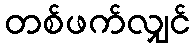
တစ်ဖက်လျှင်